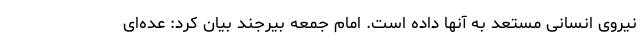
نیروی انسانی مستعد به آنها داده است. امام جمعه بیرجند بیان کرد: عده‌ای